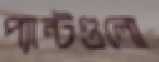
প্যান্টগুলো